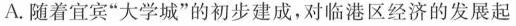
A.随着宜宾”大学城”的初步建成，对临港区经济的发展起